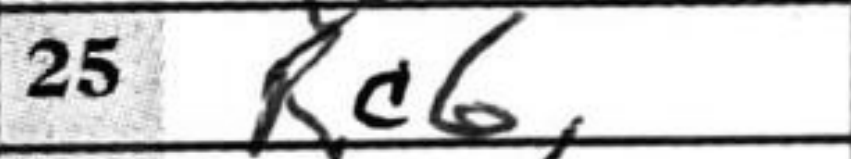
Transcription: Rc6